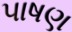
પાષણ